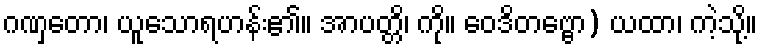
ဂဏှတော၊ ယူသောရဟန်း၏။ အာပတ္တိ၊ ကို။ ဝေဒိတဗ္ဗော) ယထာ၊ ကဲ့သို့။